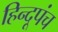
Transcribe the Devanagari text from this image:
हिन्दूपंच